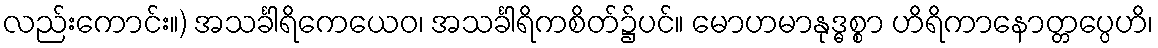
လည်းကောင်း။) အသင်္ခါရိကေယေဝ၊ အသင်္ခါရိကစိတ်၌ပင်။ မောဟမာနုဒ္ဓစ္စာ ဟိရိကာနောတ္တပ္ပေဟိ၊